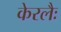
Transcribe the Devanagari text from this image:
केरलैः